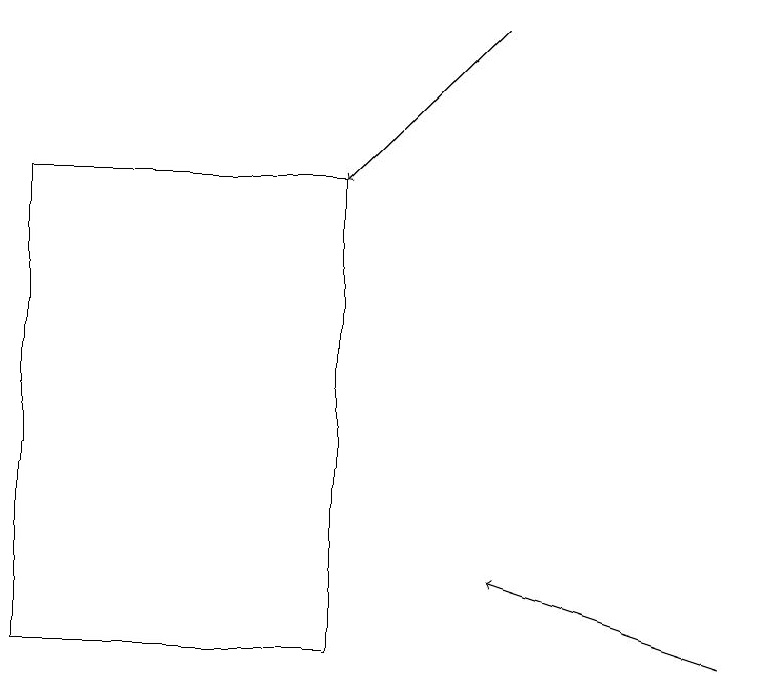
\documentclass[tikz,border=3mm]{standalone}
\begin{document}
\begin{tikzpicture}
\draw[->] (6,19) -- (4,17);
\draw (0,11) rectangle (4,17);
\draw[->] (9,11) -- (6,12);
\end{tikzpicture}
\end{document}